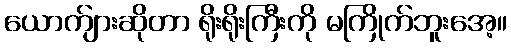
ယောက်ျားဆိုတာ ရိုးရိုးကြီးကို မကြိုက်ဘူးအေ့။